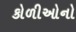
કોળીઓનો